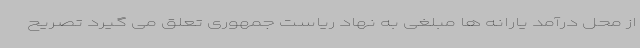
از محل درآمد یارانه ها مبلغی به نهاد ریاست جمهوری تعلق می گیرد تصریح